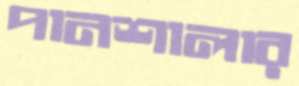
পানশালার